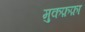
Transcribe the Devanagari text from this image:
मुकफ़फ़ा